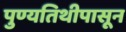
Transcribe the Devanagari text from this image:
पुण्यतिथीपासून